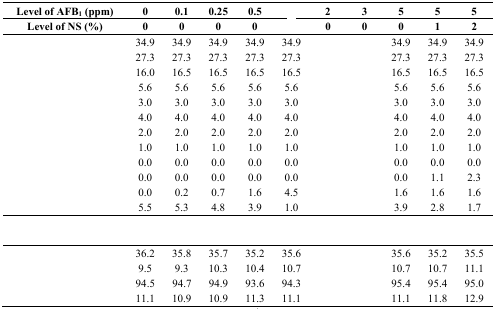
<table><thead><tr><td><b>Level of AFB<sub>1</sub> (ppm)</b></td><td><b>0</b></td><td><b>0.1</b></td><td><b>0.25</b></td><td><b>0.5</b></td><td>[EMPTY_CELL]</td><td><b>2</b></td><td><b>3</b></td><td><b>5</b></td><td><b>5</b></td><td><b>5</b></td></tr><tr><td><b>Level of NS (%)</b></td><td><b>0</b></td><td><b>0</b></td><td><b>0</b></td><td><b>0</b></td><td>[EMPTY_CELL]</td><td><b>0</b></td><td><b>0</b></td><td><b>0</b></td><td><b>1</b></td><td><b>2</b></td></tr></thead><tbody><tr><td>[EMPTY_CELL]</td><td>34.9</td><td>34.9</td><td>34.9</td><td>34.9</td><td>34.9</td><td>[EMPTY_CELL]</td><td>[EMPTY_CELL]</td><td>34.9</td><td>34.9</td><td>34.9</td></tr><tr><td>[EMPTY_CELL]</td><td>27.3</td><td>27.3</td><td>27.3</td><td>27.3</td><td>27.3</td><td>[EMPTY_CELL]</td><td>[EMPTY_CELL]</td><td>27.3</td><td>27.3</td><td>27.3</td></tr><tr><td>[EMPTY_CELL]</td><td>16.0</td><td>16.5</td><td>16.5</td><td>16.5</td><td>16.5</td><td>[EMPTY_CELL]</td><td>[EMPTY_CELL]</td><td>16.5</td><td>16.5</td><td>16.5</td></tr><tr><td>[EMPTY_CELL]</td><td>5.6</td><td>5.6</td><td>5.6</td><td>5.6</td><td>5.6</td><td>[EMPTY_CELL]</td><td>[EMPTY_CELL]</td><td>5.6</td><td>5.6</td><td>5.6</td></tr><tr><td>[EMPTY_CELL]</td><td>3.0</td><td>3.0</td><td>3.0</td><td>3.0</td><td>3.0</td><td>[EMPTY_CELL]</td><td>[EMPTY_CELL]</td><td>3.0</td><td>3.0</td><td>3.0</td></tr><tr><td>[EMPTY_CELL]</td><td>4.0</td><td>4.0</td><td>4.0</td><td>4.0</td><td>4.0</td><td>[EMPTY_CELL]</td><td>[EMPTY_CELL]</td><td>4.0</td><td>4.0</td><td>4.0</td></tr><tr><td>[EMPTY_CELL]</td><td>2.0</td><td>2.0</td><td>2.0</td><td>2.0</td><td>2.0</td><td>[EMPTY_CELL]</td><td>[EMPTY_CELL]</td><td>2.0</td><td>2.0</td><td>2.0</td></tr><tr><td>[EMPTY_CELL]</td><td>1.0</td><td>1.0</td><td>1.0</td><td>1.0</td><td>1.0</td><td>[EMPTY_CELL]</td><td>[EMPTY_CELL]</td><td>1.0</td><td>1.0</td><td>1.0</td></tr><tr><td>[EMPTY_CELL]</td><td>0.0</td><td>0.0</td><td>0.0</td><td>0.0</td><td>0.0</td><td>[EMPTY_CELL]</td><td>[EMPTY_CELL]</td><td>0.0</td><td>0.0</td><td>0.0</td></tr><tr><td>[EMPTY_CELL]</td><td>0.0</td><td>0.0</td><td>0.0</td><td>0.0</td><td>0.0</td><td>[EMPTY_CELL]</td><td>[EMPTY_CELL]</td><td>0.0</td><td>1.1</td><td>2.3</td></tr><tr><td>[EMPTY_CELL]</td><td>0.0</td><td>0.2</td><td>0.7</td><td>1.6</td><td>4.5</td><td>[EMPTY_CELL]</td><td>[EMPTY_CELL]</td><td>1.6</td><td>1.6</td><td>1.6</td></tr><tr><td>[EMPTY_CELL]</td><td>5.5</td><td>5.3</td><td>4.8</td><td>3.9</td><td>1.0</td><td>[EMPTY_CELL]</td><td>[EMPTY_CELL]</td><td>3.9</td><td>2.8</td><td>1.7</td></tr><tr><td>[EMPTY_CELL]</td><td>[EMPTY_CELL]</td><td>[EMPTY_CELL]</td><td>[EMPTY_CELL]</td><td>[EMPTY_CELL]</td><td>[EMPTY_CELL]</td><td>[EMPTY_CELL]</td><td>[EMPTY_CELL]</td><td>[EMPTY_CELL]</td><td>[EMPTY_CELL]</td><td>[EMPTY_CELL]</td></tr><tr><td>[EMPTY_CELL]</td><td>36.2</td><td>35.8</td><td>35.7</td><td>35.2</td><td>35.6</td><td>[EMPTY_CELL]</td><td>[EMPTY_CELL]</td><td>35.6</td><td>35.2</td><td>35.5</td></tr><tr><td>[EMPTY_CELL]</td><td>9.5</td><td>9.3</td><td>10.3</td><td>10.4</td><td>10.7</td><td>[EMPTY_CELL]</td><td>[EMPTY_CELL]</td><td>10.7</td><td>10.7</td><td>11.1</td></tr><tr><td>[EMPTY_CELL]</td><td>94.5</td><td>94.7</td><td>94.9</td><td>93.6</td><td>94.3</td><td>[EMPTY_CELL]</td><td>[EMPTY_CELL]</td><td>95.4</td><td>95.4</td><td>95.0</td></tr><tr><td>[EMPTY_CELL]</td><td>11.1</td><td>10.9</td><td>10.9</td><td>11.3</td><td>11.1</td><td>[EMPTY_CELL]</td><td>[EMPTY_CELL]</td><td>11.1</td><td>11.8</td><td>12.9</td></tr></tbody></table>